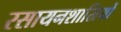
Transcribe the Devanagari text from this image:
रसायनशास्रियों